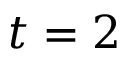
t = 2